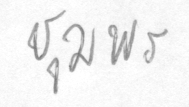
ชุมพร